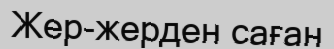
Жер-жерден саған